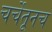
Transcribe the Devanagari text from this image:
चर्चेतूनच